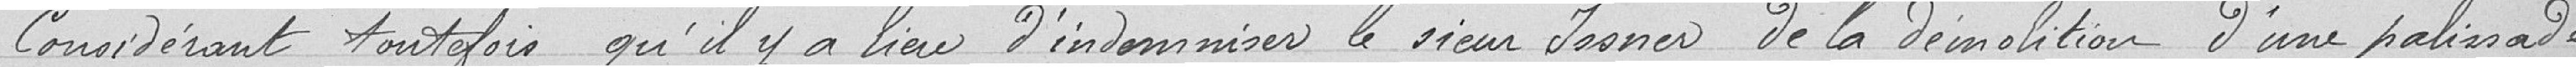
Considérant toutefois qu'il y a lieu d'indemniser le sieur Josner de la démolition d'une palissade